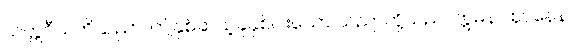
သတ္တဝီသတိသညာ၊ ဤနှစ်ဆယ့်ခုနှစ်ပါးသော သညာတို့သည်။ ဣမိနာ ဈာနေန၊